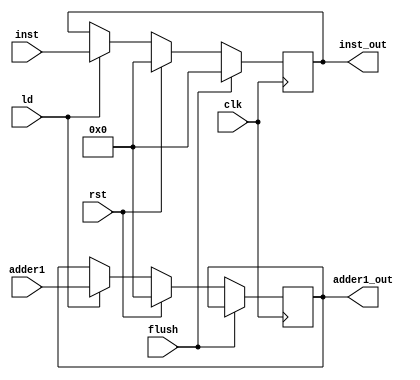
module IFID(clk, rst, ld, flush, inst, adder1, inst_out, adder1_out);
    input clk, rst, flush;
    input [31:0] inst, adder1;
    input ld;   

    output reg [31:0] inst_out, adder1_out;

    /*
    always @(posedge clk, posedge flush) //shayad ham flush e khaali
    begin
        if (flush)
        begin
            //adder1_out <= 32'b0;
            //inst_out <= {6'b111111, 26'b0}; //nop
            inst_out <= 32'b0;
        end
        else
        if (rst)
        begin
            adder1_out <= 32'b0;
            inst_out <= 32'b0;
        end
        else
        begin
            if (ld) begin
                inst_out <= inst;
                adder1_out <= adder1;    
            end
        end
    end*/
    always @(posedge clk) //shayad ham flush e khaali
    begin
        if (flush)
        begin
            //adder1_out <= 32'b0;
            //inst_out <= {6'b111111, 26'b0}; //nop
            inst_out <= 32'b0;
        end
        else
        if (rst)
        begin
            adder1_out <= 32'b0;
            inst_out <= 32'b0;
        end
        else
        begin
            if (ld) begin
                inst_out <= inst;
                adder1_out <= adder1;    
            end
        end
    end
endmodule